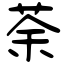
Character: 荼